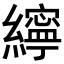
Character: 𦆭